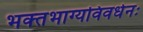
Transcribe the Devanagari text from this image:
भक्‍तभाग्यविवर्धनः